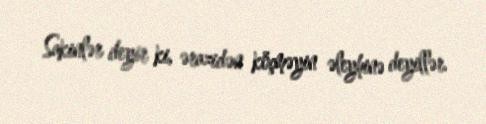
Sakinlər deyir ki, ərazidən köçməyin əleyhinə deyillər.